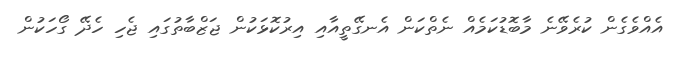
އެއްވެގެން ކުރެވޭނެ މާބޮޑުކަމެއް ނެތްކަން އެނގޭތީއާއި އިރުކޮޅަކުން ޖަޒްބާތުގައި ޖެހި ހެދޭ ގޯހަކުން